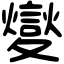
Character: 夑